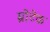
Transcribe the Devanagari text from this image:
म्रोटेक